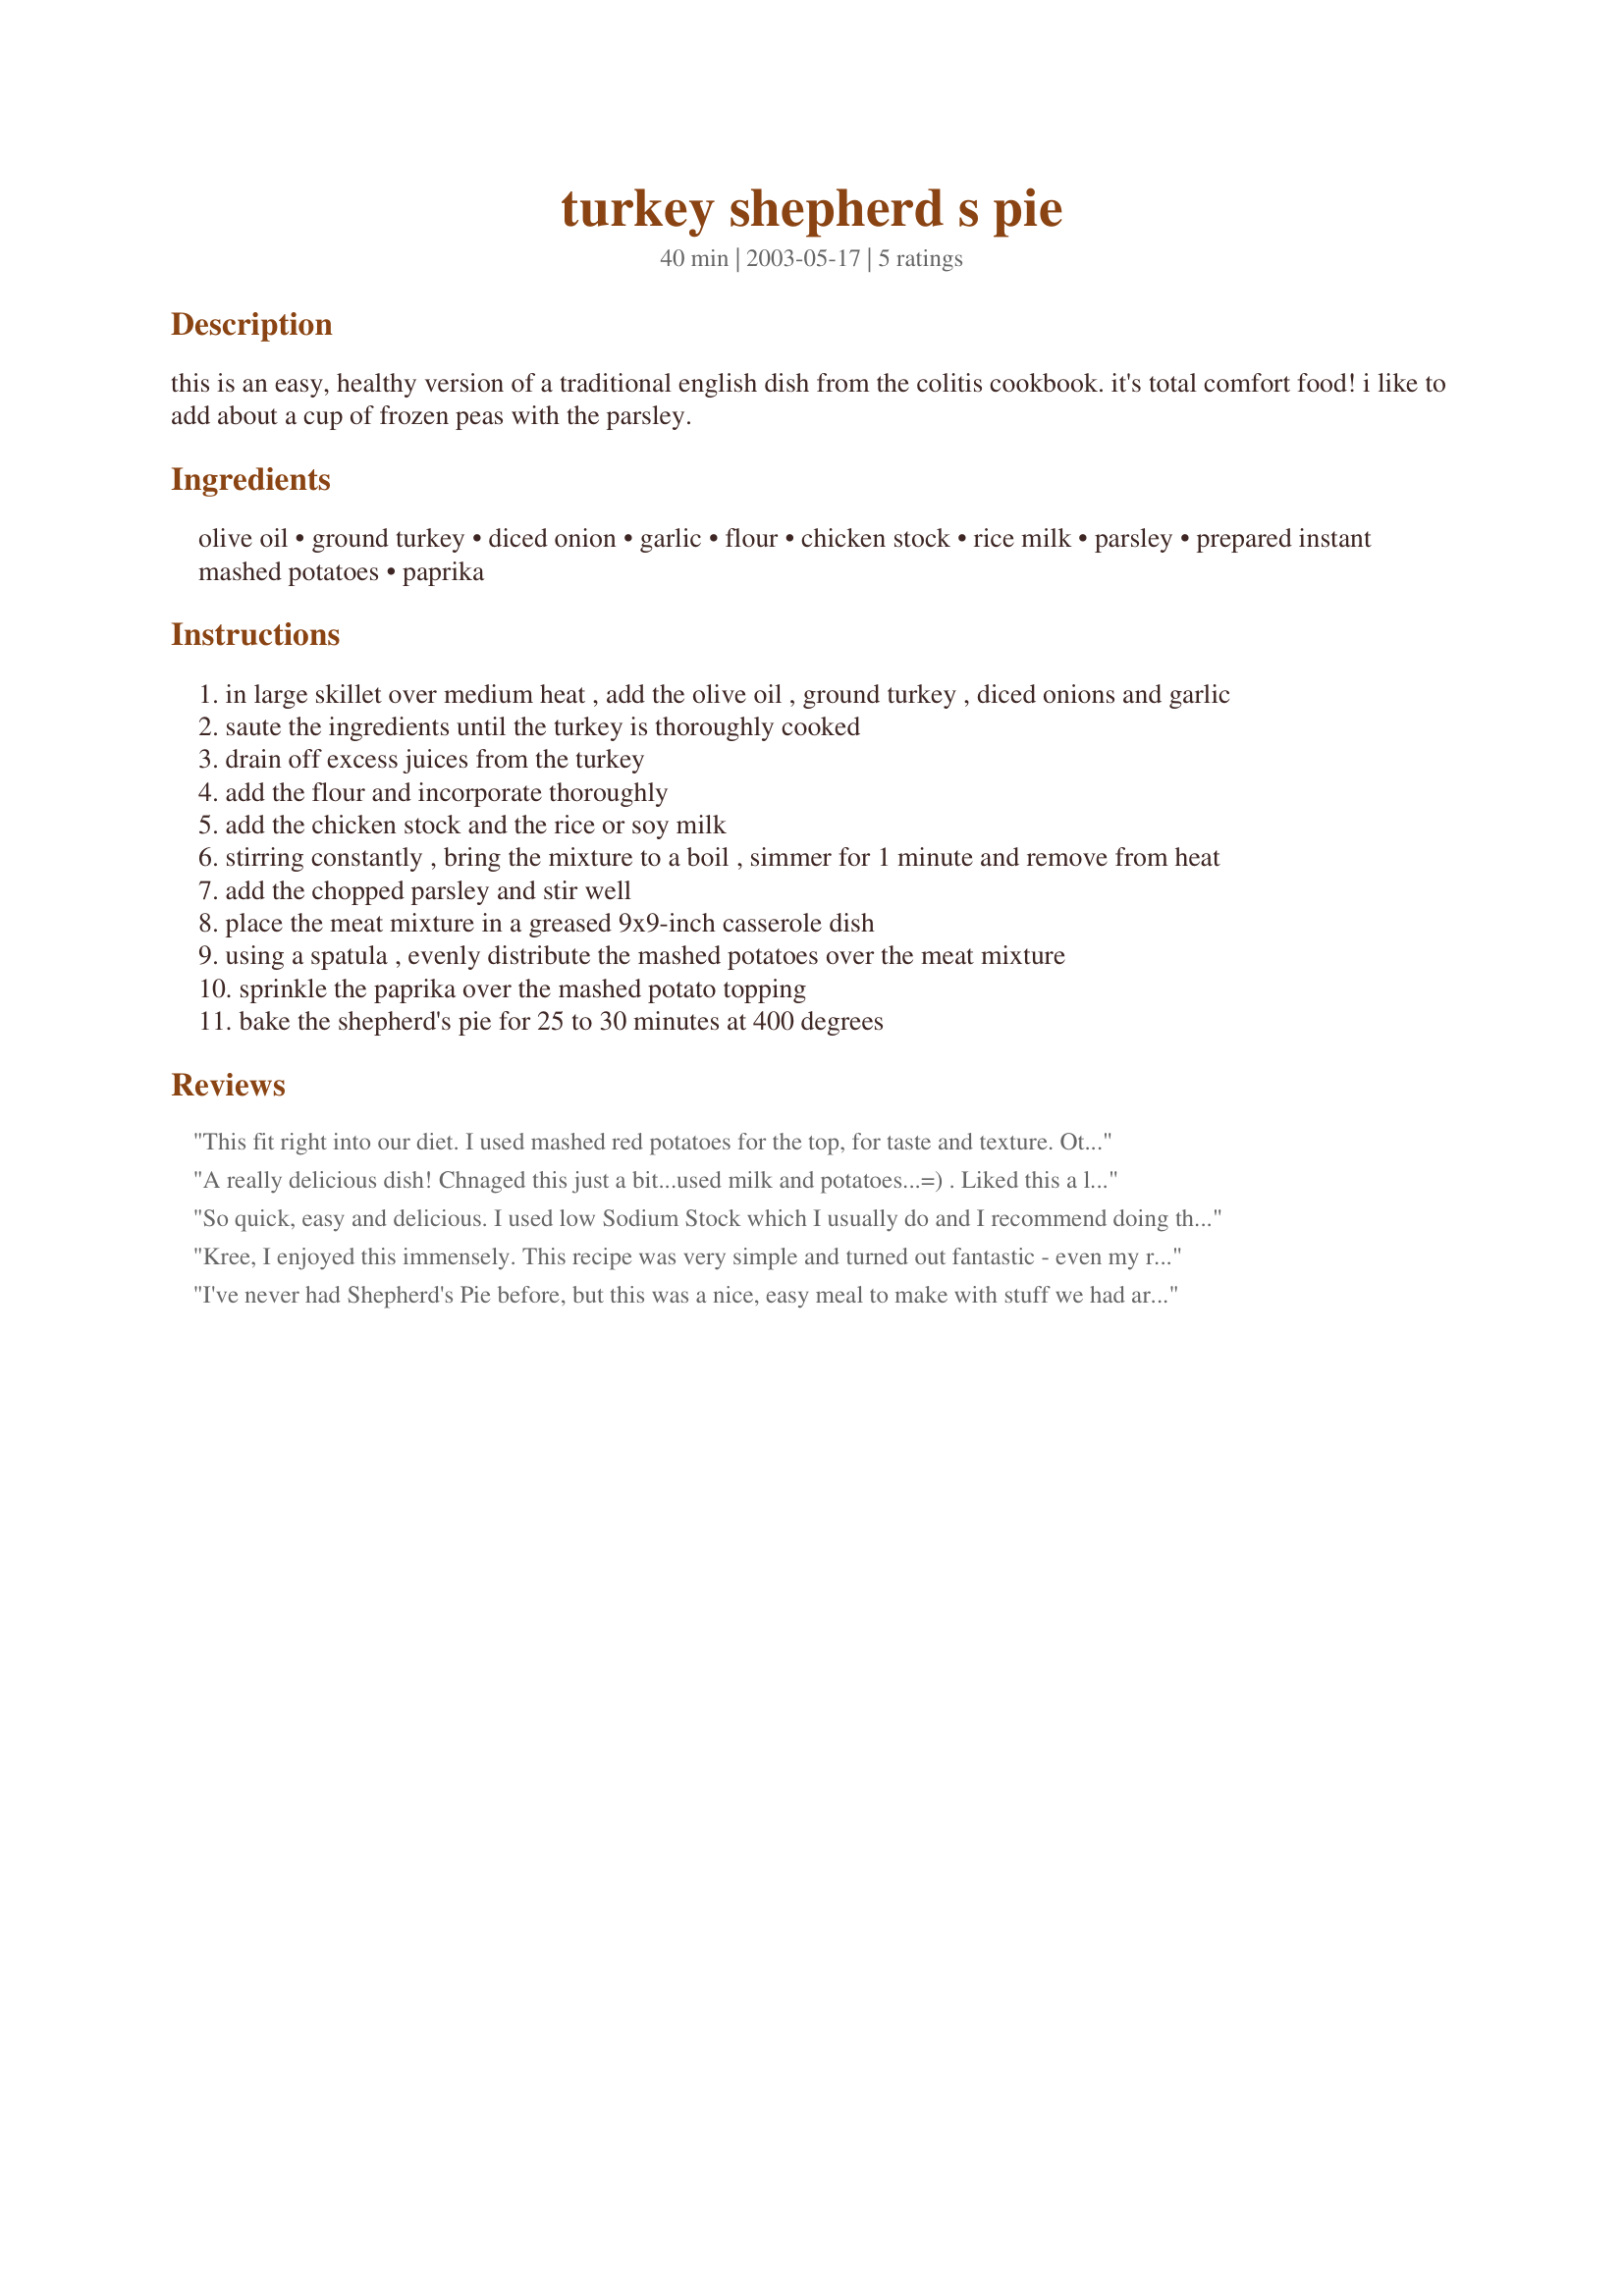
turkey shepherd s pie
Preparation time: 40 minutes

this is an easy, healthy version of a traditional english dish from the colitis cookbook. it's total comfort food! i like to add about a cup of frozen peas with the parsley.

Ingredients:
olive oil, ground turkey, diced onion, garlic, flour, chicken stock, rice milk, parsley, prepared instant mashed potatoes, paprika

Steps:
in large skillet over medium heat , add the olive oil , ground turkey , diced onions and garlic
saute the ingredients until the turkey is thoroughly cooked
drain off excess juices from the turkey
add the flour and incorporate thoroughly
add the chicken stock and the rice or soy milk
stirring constantly , bring the mixture to a boil , simmer for 1 minute and remove from heat
add the chopped parsley and stir well
place the meat mixture in a greased 9x9-inch casserole dish
using a spatula , evenly distribute the mashed potatoes over the meat mixture
sprinkle the paprika over the mashed potato topping
bake the shepherd's pie for 25 to 30 minutes at 400 degrees

Reviews:
This fit right into our diet. I used mashed red potatoes for the top, for taste and texture. Otherwise, followed it pretty close, and it was tasty and filling. Definitely will make again! Thanks for posting something that fit so well!
A really delicious dish! Chnaged this just a bit...used milk and potatoes...=) . Liked this a lot! Thanks for posting. 

So quick, easy and delicious. I used low Sodium Stock which I usually do and I recommend doing that but it did need a bit of Salt and Pepper. I prepared it as listed with the addition of the peas which were essential. After cooking it for 25 min. I covered the top with finely Shredded Cheese. It really made the dish even though it made it less healthy. I must admit we ate the whole thing so we pretty much blew any healthy ideas anyway. Thanks for a keeper.
Kree, I enjoyed this immensely. This recipe was very simple and turned out fantastic - even my roux and gravy turned out great (and I normally don't have luck with roux/gravy)! My package of ground turkey was 1.39lbs., I used 1 small onion, 2 tsp of jarred, minced garlic, and 2 tsp of dried parsley for the fresh. I used Fresh & Easy brand Unsweetened Organic Soy Milk, and chicken bouillon cube and water for the chicken stock. The time/temp were perfect and I made everything else as directed. Bf said this was pretty good, but he would have liked some veggies (he requested green beans and corn) and he did say this was good for being plain and he gave 4 stars, but he'd like me to make again, adding veggies. Btw, the potatoes I had were homemade leftover mashed potatoes made with Smart Balance with Flaxseed Oil, some soy milk (same brand as I used for the gravy), rosemary, and garlic. I added a dash of black pepper and 4 dashes of worcesheshire sauce when browning the turkey. I had two very large helpings (oops!). Thanks for sharing, Kree, great comfort food and fits great with an IBS diet. I give this 5 stars.
I've never had Shepherd's Pie before, but this was a nice, easy meal to make with stuff we had around the house. Four stars is because I had to add more seasoning to keep the recipe from being bland. I didn't have chicken stock/broth, so I used 1/2 cup water plus a tablespoon of A-1, and one packet of soy sauce. Added a dash of cumin, cayenne pepper, and a dash of rosemary, as well as garlic and onion powder. I also added a lot of frozen peas and carrots. Very east recipe, and a fun one to let kids help you cook! I didn't use olive oil, I just didn't drain the meat. Thanks for an easy recipe, my FI enjoyed it!
